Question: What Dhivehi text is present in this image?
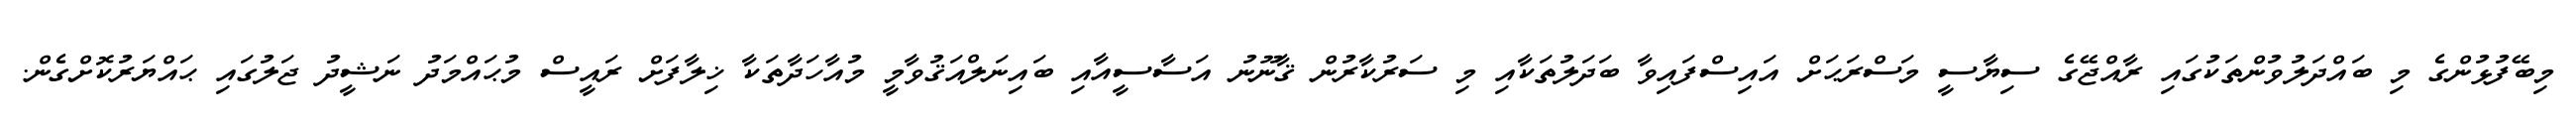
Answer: މިބޭފުޅުންގެ މި ބައްދަލުވުންތަކުގައި ރާއްޖޭގެ ސިޔާސީ މަސްރަޙަށް އައިސްފައިވާ ބަދަލުތަކާއި މި ސަރުކާރުން ޤާނޫނު އަސާސީއާއި ބައިނަލްއަޤުވާމީ މުއާހަދާތަކާ ޚިލާފަށް ރައީސް މުޙައްމަދު ނަޝީދު ޖަލުގައި ޙައްޔަރުކޮށްގެން.